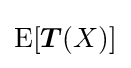
\operatorname {E} [{\boldsymbol {T}}(X)]